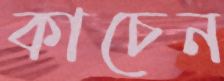
কাচেন